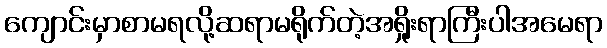
ကျောင်းမှာစာမရလို့ဆရာမရိုက်တဲ့အရှိုးရာကြီးပါအမေရာ